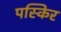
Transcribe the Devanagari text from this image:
पस्किर